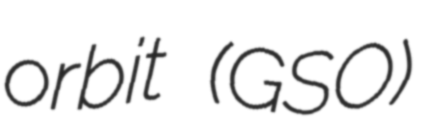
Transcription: orbit (GSO)